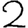
Digit: 2